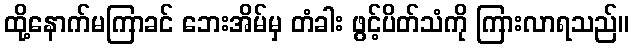
ထို့နောက်မကြာခင် ဘေးအိမ်မှ တံခါး ဖွင့်ပိတ်သံကို ကြားလာရသည်။